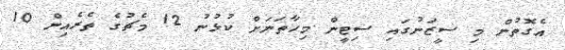
އެގޮތުން މި ސީޒަނުގައި ސިޓީން މިހާތަނަށް ކުޅުނު 12 މެޗުގެ ތެރެއިން 10